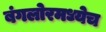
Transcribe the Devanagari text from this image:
बंगलोरमध्येच